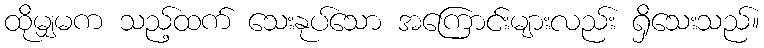
ထိုမျှမက သည့်ထက် သေးနုပ်သော အကြောင်းများလည်း ရှိသေးသည်။